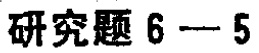
研究题 6 - 5